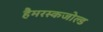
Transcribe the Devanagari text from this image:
हैमरस्कजोल्ड